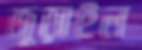
জুড়াইল